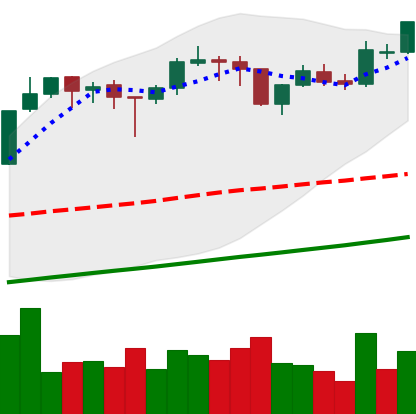
Ticker: BTC-USD
Chart end date: 2017-10-31
Forward return: 14.517%
Label: up_7plus